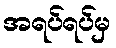
အရပ်ရပ်မှ